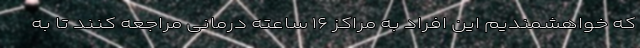
که خواهشمندیم این افراد به مراکز ۱۶ ساعته درمانی مراجعه کنند تا به